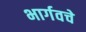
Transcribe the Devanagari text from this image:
भार्गवचे